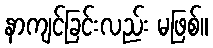
နာကျင်ခြင်းလည်း မဖြစ်။